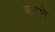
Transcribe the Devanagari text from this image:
करणॆ